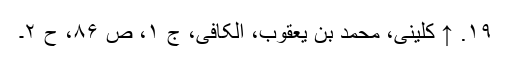
۱۹. ↑ کلینی، محمد بن یعقوب، الکافی، ج ۱، ص ۸۶، ح ۲۔